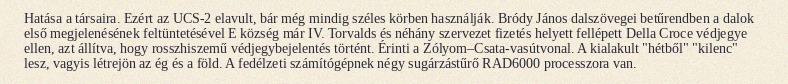
Hatása a társaira. Ezért az UCS-2 elavult, bár még mindig széles körben használják. Bródy János dalszövegei betűrendben a dalok első megjelenésének feltüntetésével E község már IV. Torvalds és néhány szervezet fizetés helyett fellépett Della Croce védjegye ellen, azt állítva, hogy rosszhiszemű védjegybejelentés történt. Érinti a Zólyom–Csata-vasútvonal. A kialakult "hétből" "kilenc" lesz, vagyis létrejön az ég és a föld. A fedélzeti számítógépnek négy sugárzástűrő RAD6000 processzora van.